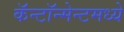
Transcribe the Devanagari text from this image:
कॅन्टॉन्मेन्टमध्ये